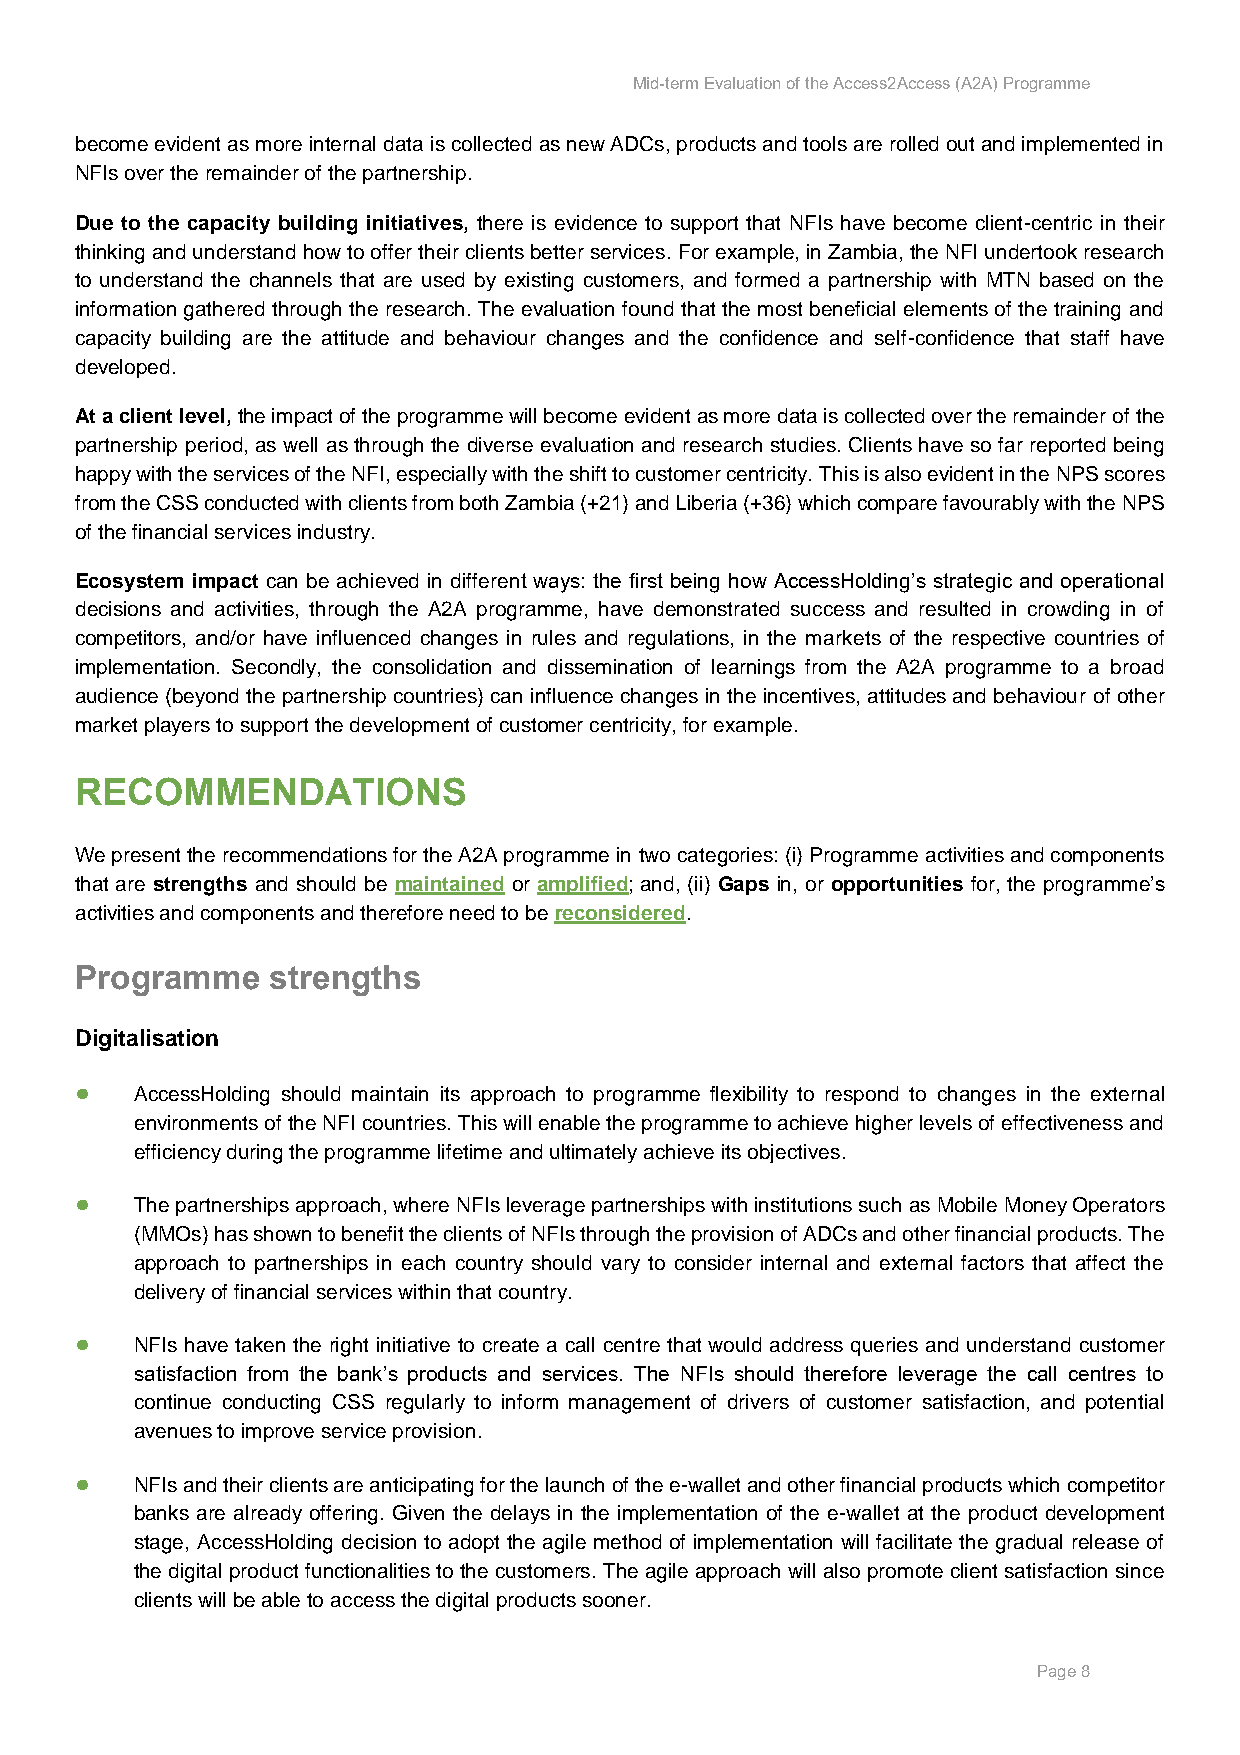
Mid-term Evaluation of the Access2Access (A2A) Programme
 become evident as more internal data is collected as new ADCs, products and tools are rolled out and implemented in
 NFIs over the remainder of the partnership.
 Due to the capacity building initiatives, there is evidence to support that NFIs have become client-centric in their
 thinking and understand how to offer their clients better services. For example, in Zambia, the NFI undertook research
 to understand the channels that are used by existing customers, and formed a partnership with MTN based on the
 information gathered through the research. The evaluation found that the most beneficial elements of the training and
 capacity building are the attitude and behaviour changes and the confidence and self-confidence that staff have
 developed.
 At a client level, the impact of the programme will become evident as more data is collected over the remainder of the
 partnership period, as well as through the diverse evaluation and research studies. Clients have so far reported being
 happy with the services of the NFI, especially with the shift to customer centricity. This is also evident in the NPS scores
 from the CSS conducted with clients from both Zambia (+21) and Liberia (+36) which compare favourably with the NPS
 of the financial services industry.
 Ecosystem impact can be achieved in different ways: the first being how AccessHolding’s strategic and operational
 decisions and activities, through the A2A programme, have demonstrated success and resulted in crowding in of
 competitors, and/or have influenced changes in rules and regulations, in the markets of the respective countries of
 implementation. Secondly, the consolidation and dissemination of learnings from the A2A programme to a broad
 audience (beyond the partnership countries) can influence changes in the incentives, attitudes and behaviour of other
 market players to support the development of customer centricity, for example.
 RECOMMENDATIONS
 We present the recommendations for the A2A programme in two categories: (i) Programme activities and components
 that are strengths and should be maintained or amplified; and, (ii) Gaps in, or opportunities for, the programme’s
 activities and components and therefore need to be reconsidered.
 Programme    strengths
 Digitalisation
 ●   AccessHolding should maintain its approach to programme flexibility to respond to changes in the external
 environments of the NFI countries. This will enable the programme to achieve higher levels of effectiveness and
 efficiency during the programme lifetime and ultimately achieve its objectives.
 ●   The partnerships approach, where NFIs leverage partnerships with institutions such as Mobile Money Operators
 (MMOs) has shown to benefit the clients of NFIs through the provision of ADCs and other financial products. The
 approach to partnerships in each country should vary to consider internal and external factors that affect the
 delivery of financial services within that country.
 ●   NFIs have taken the right initiative to create a call centre that would address queries and understand customer
 satisfaction from the bank’s products and services. The NFIs should therefore leverage the call centres to
 continue conducting CSS regularly to inform management of drivers of customer satisfaction, and potential
 avenues to improve service provision.
 ●   NFIs and their clients are anticipating for the launch of the e-wallet and other financial products which competitor
 banks are already offering. Given the delays in the implementation of the e-wallet at the product development
 stage, AccessHolding decision to adopt the agile method of implementation will facilitate the gradual release of
 the digital product functionalities to the customers. The agile approach will also promote client satisfaction since
 clients will be able to access the digital products sooner.
 Page 8